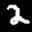
Label: 2